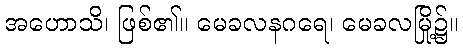
အဟောသိ၊ ဖြစ်၏။ မေခလနဂရေ၊ မေခလမြို့၌။